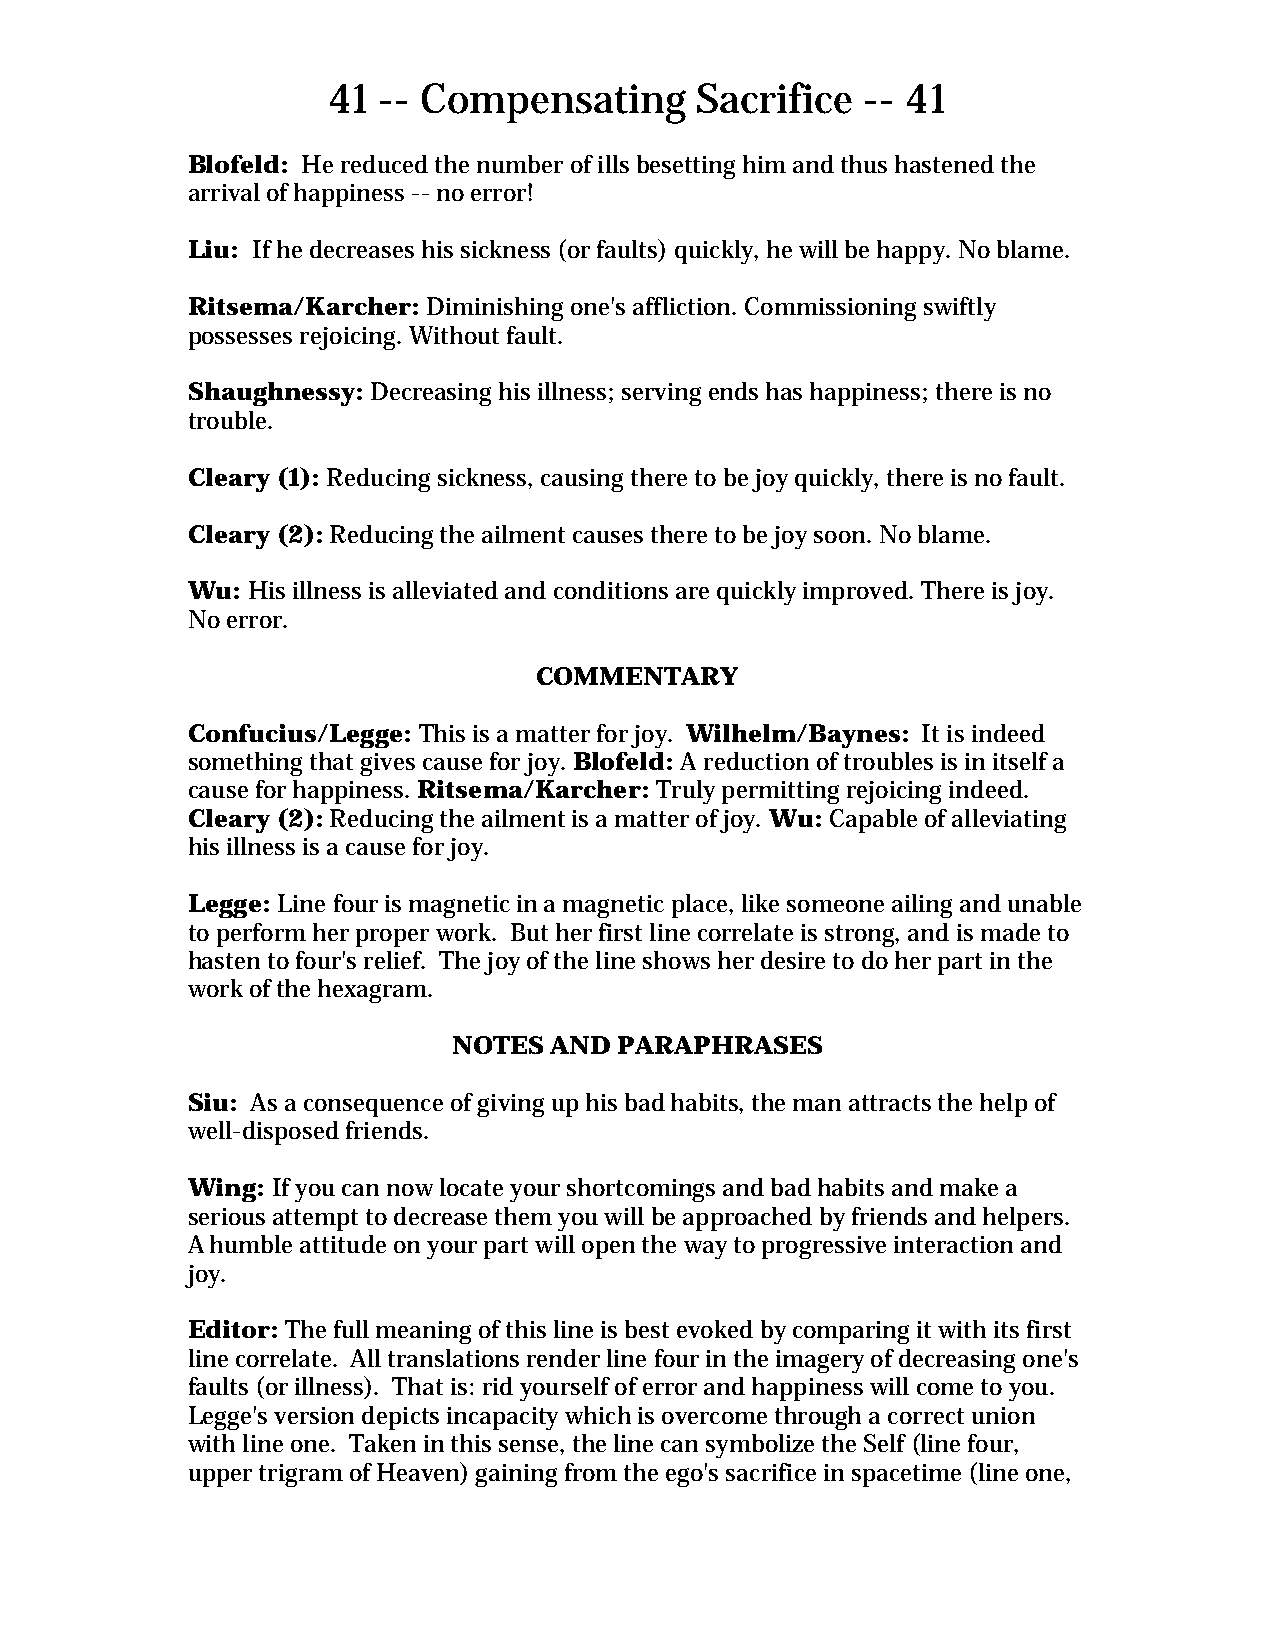
41 -- Compensating      Sacrifice  -- 41
 Blofeld: He reduced the number of ills besetting him and thus hastened the
 arrival of happiness -- no error!
 Liu: If he decreases his sickness (or faults) quickly, he will be happy. No blame.
 Ritsema/Karcher: Diminishing one's affliction. Commissioning swiftly
 possesses rejoicing. Without fault.
 Shaughnessy: Decreasing his illness; serving ends has happiness; there is no
 trouble.
 Cleary (1): Reducing sickness, causing there to be joy quickly, there is no fault.
 Cleary (2): Reducing the ailment causes there to be joy soon. No blame.
 Wu: His illness is alleviated and conditions are quickly improved. There is joy.
 No error.
 COMMENTARY
 Confucius/Legge: This is a matter for joy. Wilhelm/Baynes: It is indeed
 something that gives cause for joy. Blofeld: A reduction of troubles is in itself a
 cause for happiness. Ritsema/Karcher: Truly permitting rejoicing indeed.
 Cleary (2): Reducing the ailment is a matter of joy. Wu: Capable of alleviating
 his illness is a cause for joy.
 Legge: Line four is magnetic in a magnetic place, like someone ailing and unable
 to perform her proper work. But her first line correlate is strong, and is made to
 hasten to four's relief. The joy of the line shows her desire to do her part in the
 work of the hexagram.
 NOTES AND  PARAPHRASES
 Siu: As a consequence of giving up his bad habits, the man attracts the help of
 well-disposed friends.
 Wing: If you can now locate your shortcomings and bad habits and make a
 serious attempt to decrease them you will be approached by friends and helpers.
 A humble attitude on your part will open the way to progressive interaction and
 joy.
 Editor: The full meaning of this line is best evoked by comparing it with its first
 line correlate. All translations render line four in the imagery of decreasing one's
 faults (or illness). That is: rid yourself of error and happiness will come to you.
 Legge's version depicts incapacity which is overcome through a correct union
 with line one. Taken in this sense, the line can symbolize the Self (line four,
 upper trigram of Heaven) gaining from the ego's sacrifice in spacetime (line one,